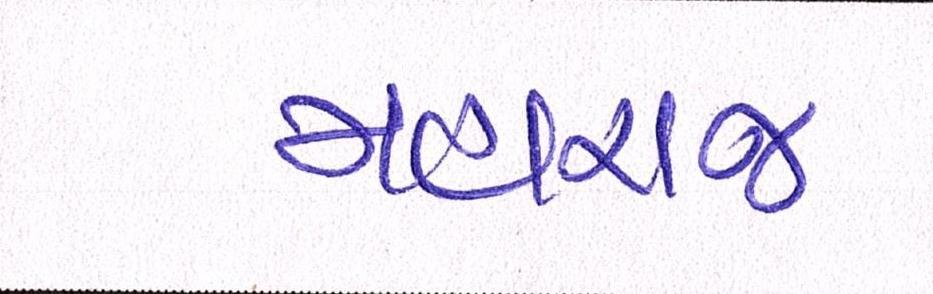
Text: મહારાજ